Annual report of the Civil Veterinary Department, Bengal, for the year 1897-98 - 1897-1898
Year: 1897
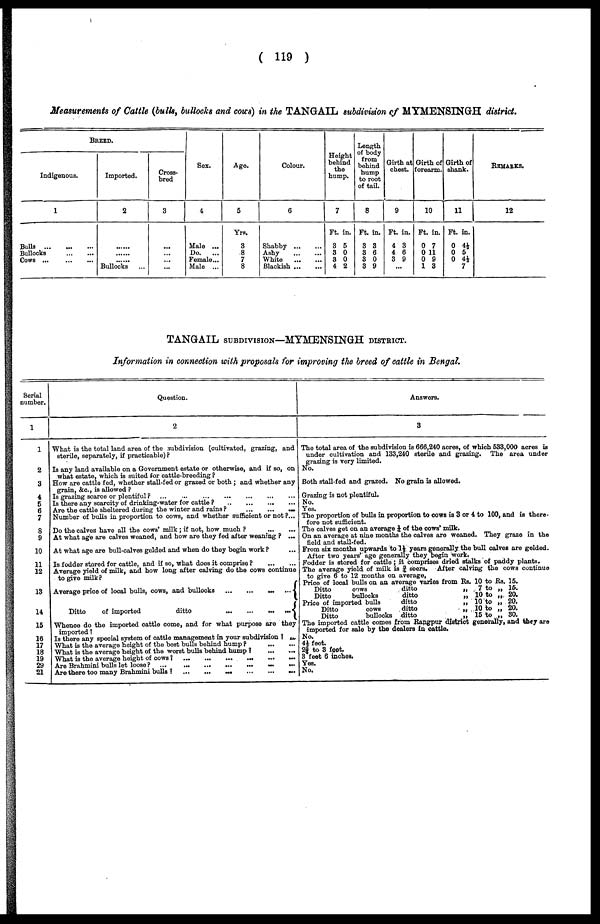
(119)
Measurements of Cattle (bulls, bullocks and cows) in the TANGAIL subdivision of MYMENSINGH district.
BREED.
Indigenous.
1
Bulls
...
...
...
Bullocks
...
...
Cows ...
...
...
Imported.
2
......
......
......
Bullocks ...
Cross-
bred
3
...
...
...
...
Sex.
4
Male ...
Do. ...
Female...
Male ...
Age.
5
Yrs.
8
8
7
8
Colour.
6
Shabby
...
...
Ashy
...
...
White
...
...
Blackish ... ...
Height
behind
the
hump.
7
Ft. in.
8 5
3 0
8 0
4 2
Length
of body
from
behind
hump
to root
of tail.
8
Ft. in.
3 3
8 6
8 0
3 9
Girth at
chest.
9
Ft. in.
4 3
4 6
3 9
...
Girth of
forearm.
10
Ft. in.
0 7
0 11
0 9
1 8
Girth of
shank.
11
Ft. in.
0 4½
0 5
0 4½
7
REMARKS.
12
TANGAIL SUBDIVISION—MYMENSINGH DISTRICT.
Information in connection with proposals for improving the breed of cattle in Bengal.
Serial
number.
1
1
2
3
4
5
6
7
8
9
10
11
12
13
14
15
16
17
18
19
29
21
Question.
2
What is the total land area of the subdivision (cultivated, grazing, and
sterile, separately, if practicable)?
Is any land available on a Government estate or otherwise, and if so, on
what estate, which is suited for cattle-breeding?
How are cattle fed, whether stall-fed or grazed or both; and whether any
grain, &c., is allowed?
Is grazing scarce or plentiful? ...
... ... ... ... ...
Is there any scarcity of drinking-water for cattle?
...
...
...
...
Are the cattle sheltered during the winter and rains?
...
...
...
Number of bulls in proportion to cows, and whether sufficient or not?...
Do the calves have all the cows' milk; if not, how much?
...
...
At what age are calves weaned, and bow are they fed after weaning? ...
At what age are bull-calves gelded and when do they begin work? ...
Is fodder stored for cattle, and if so, what does it comprise?
...
...
Average yield of milk, and how long after calving do the cows continue
to give milk?
Average price of local bulls, cows, and bullocks
...
...
...
...
Ditto
of imported
ditto
...
...
...
...
Whence do the imported cattle come, and for what purpose are they
imported?
Is there any special system of cattle management in your subdivision? ...
What is the average height of the best bulls behind
hump?
...
...
What is the average height of the worst bulls behind hump? ...
...
What is the average height of cows? ... ... ... ... ... ...
Are Brahmini bulls let loose? ...
...
...
...
...
...
Are there too many Brahmini bulls? ...
...
...
...
...
...
Answers.
3
The total area of the subdivision is 666,240 acres, of which 583,000 acres is
under cultivation and 133,240 sterile and grazing. The area under
grazing is very limited.
No.
Both stall-fed and grazed. No grain is allowed.
Grazing is not plentiful.
No.
Yes.
The proportion of bulls in proportion to cows is 3 or 4 to 100, and is there-
fore not sufficient.
The calves get on an average 1/4 of the cows' milk.
On an average at nine months the calves are weaned. They graze in the
field and stall-fed.
From six months upwards to 1½ years generally the bull calves are gelded.
After two years' age generally they begin work.
Fodder is stored for cattle; it comprises dried stalks of paddy plants.
The average yield of milk is 3/4 seers. After calving the cows continue
to give 6 to 12 months on average,
Price of local bulls on an average varies from Rs. 10 to Rs. 15.
Ditto
cows
ditto
„
7 to „ 15.
Ditto
bullocks
ditto
„ 10 to „ 20.
Price of imported bulls
ditto
„
10 to „ 20.
Ditto
cows
ditto
„ 10 to „ 20.
Ditto
bullocks ditto
„
15 to „ 30..
The imported cattle comes from Rangpur district generally, and they are
imported for Bale by the dealers in cattle.
No.
4½ feet.
23/4 to 3 feet.
8 feet 6 inches.
Yes.
No.